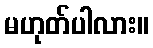
မဟုတ်ပါလား။